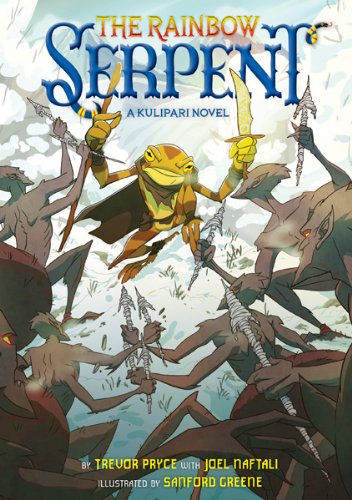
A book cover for The Rainbow Serpent: A Kulipari Novel; Trevor Pryce; Children's Books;